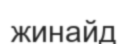
жинайд